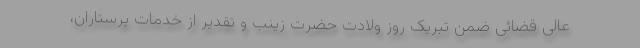
عالی قضائی ضمن تبریک روز ولادت حضرت زینب و تقدیر از خدمات پرستاران،